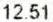
12.51